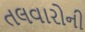
તલવારોની